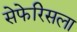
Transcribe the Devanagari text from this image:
सेफेरिसला